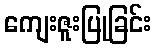
ကျေးဇူးပြုခြင်း